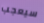
سيعجب